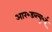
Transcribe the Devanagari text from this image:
आर॰डब्ल्यू॰ई